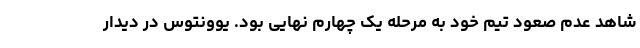
شاهد عدم صعود تیم خود به مرحله یک چهارم نهایی بود. یوونتوس در دیدار